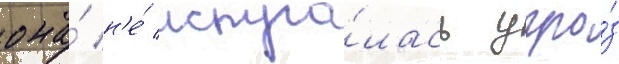
она́ н'е́ испуга́лась угро́з